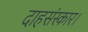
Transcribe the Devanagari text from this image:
दाहसंस्कार।